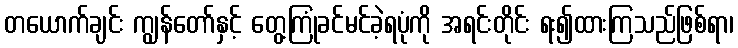
တယောက်ချင်း ကျွန်တော်နှင့် တွေ့ကြုံခင်မင်ခဲ့ရပုံကို အရင်းတိုင်း ရး၍ထားကြသည်ဖြစ်ရာ၊